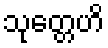
သုတ္တေဟိ